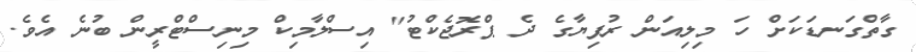
ގާތްގަނޑަކަށް ހަ މިލިއަން ރުފިޔާގެ ދެ ޕްރޮޖެކްޓު" އިސްލާމިކް މިނިސްޓްރީން ބުނެ އެވެ.